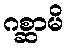
ဂစ္ဆာမိ